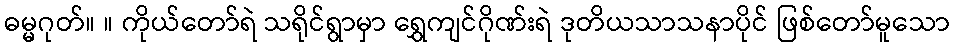
ဓမ္မဂုတ်။ ။ ကိုယ်တော်ရဲ သရိုင်ရွာမှာ ရွှေကျင်ဂိုဏ်းရဲ ဒုတိယသာသနာပိုင် ဖြစ်တော်မူသော